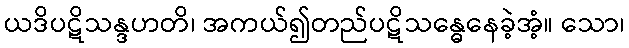
ယဒိပဋိသန္ဒဟတိ၊ အကယ်၍တည်ပဋိသန္ဓေနေခဲ့အံ့။ သော၊